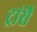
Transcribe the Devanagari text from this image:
ट्रांसै